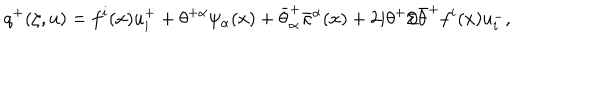
LaTeX: q ^ { + } ( \zeta , u ) = f ^ { i } ( x ) u _ { i } ^ { + } + \theta ^ { + \alpha } \psi _ { \alpha } ( x ) + \bar { \theta } _ { \dot { \alpha } } ^ { + } \bar { \kappa } ^ { \dot { \alpha } } ( x ) + 2 i \theta ^ { + } / \! \! \! \partial \bar { \theta } ^ { + } f ^ { i } ( x ) u _ { i } ^ { - } ,